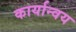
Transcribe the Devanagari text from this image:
कार्यान्वय